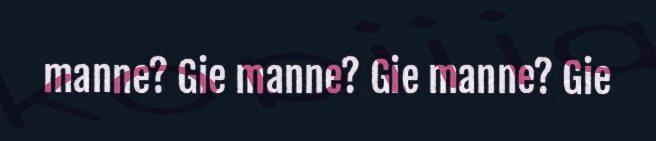
manne? Gie manne? Gie manne? Gie